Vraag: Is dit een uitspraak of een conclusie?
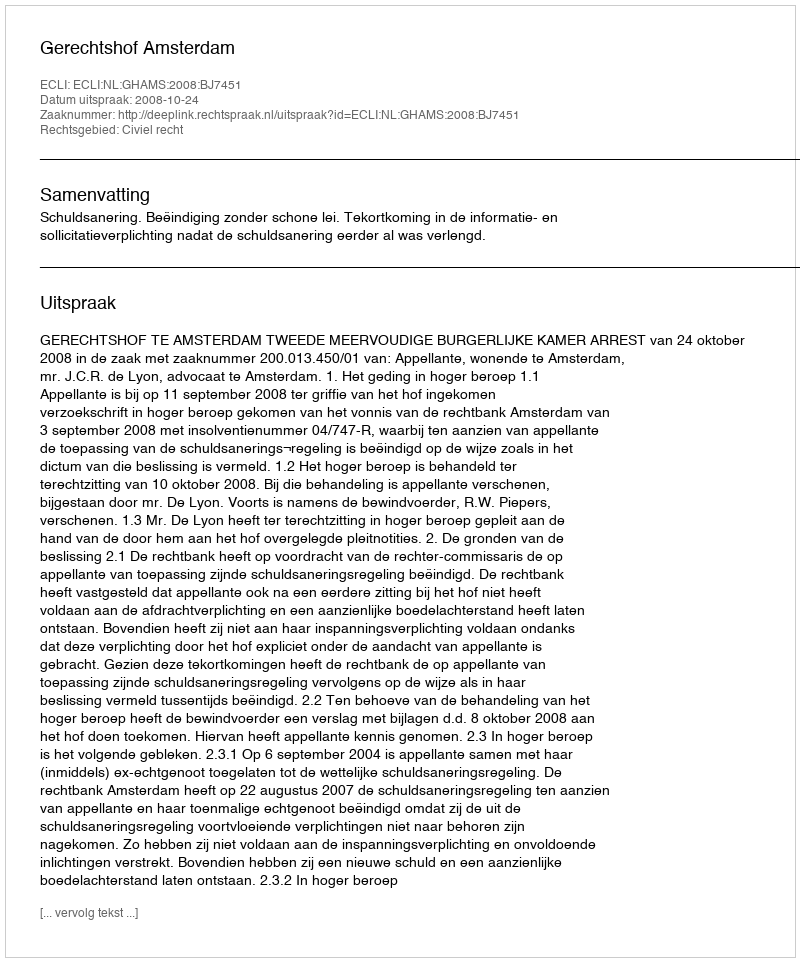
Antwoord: Uitspraak